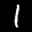
Label: 1